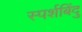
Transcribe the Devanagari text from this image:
स्पर्शबिंदु